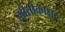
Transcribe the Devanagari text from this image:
मीतीकाक्षर